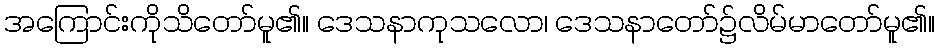
အကြောင်းကိုသိတော်မူ၏။ ဒေသနာကုသလော၊ ဒေသနာတော်၌လိမ်မာတော်မူ၏။